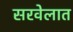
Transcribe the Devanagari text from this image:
सरवेलात